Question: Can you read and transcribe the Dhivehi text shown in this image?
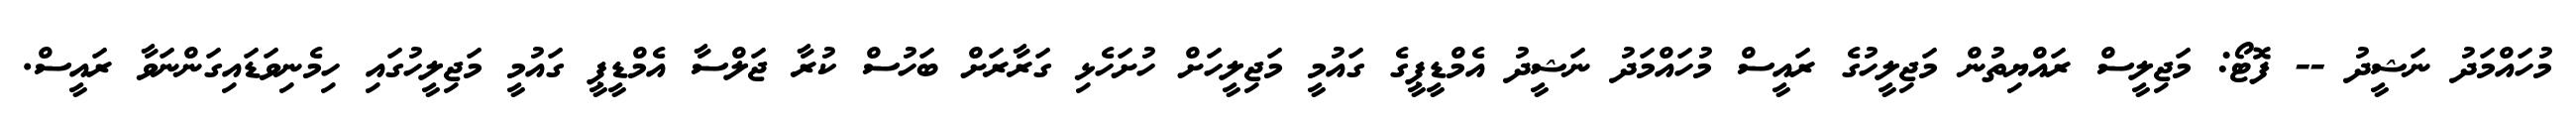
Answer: މުހައްމަދު ނަޝީދު -- ފޮޓޯ: މަޖިލީސް ރައްޔިތުން މަޖިލީހުގެ ރައީސް މުހައްމަދު ނަޝީދު އެމްޑީޕީގެ ގައުމީ މަޖިލީހަށް ހުށަހެޅި ގަރާރަށް ބަހުސް ކުރާ ޖަލްސާ އެމްޑީޕީ ގައުމީ މަޖިލީހުގައި ހިމެނިވަޑައިގަންނަވާ ރައީސް.